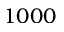
1 0 0 0